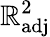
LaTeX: \mathbb{R}_{\mathrm{{adj}}}^{2}